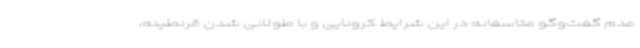
عدم گفت‌وگو متاسفانه در این شرایط کرونایی و با طولانی شدن قرنطینه،